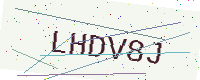
Text: LHDV8J